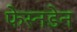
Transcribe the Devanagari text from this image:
फेस्नडेन